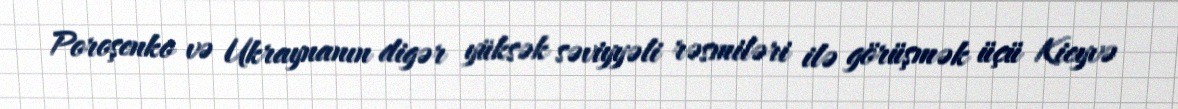
Poroşenko və Ukraynanın digər yüksək səviyyəli rəsmiləri ilə görüşmək üçü Kieyvə